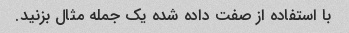
با استفاده از صفت داده شده یک جمله مثال بزنید.